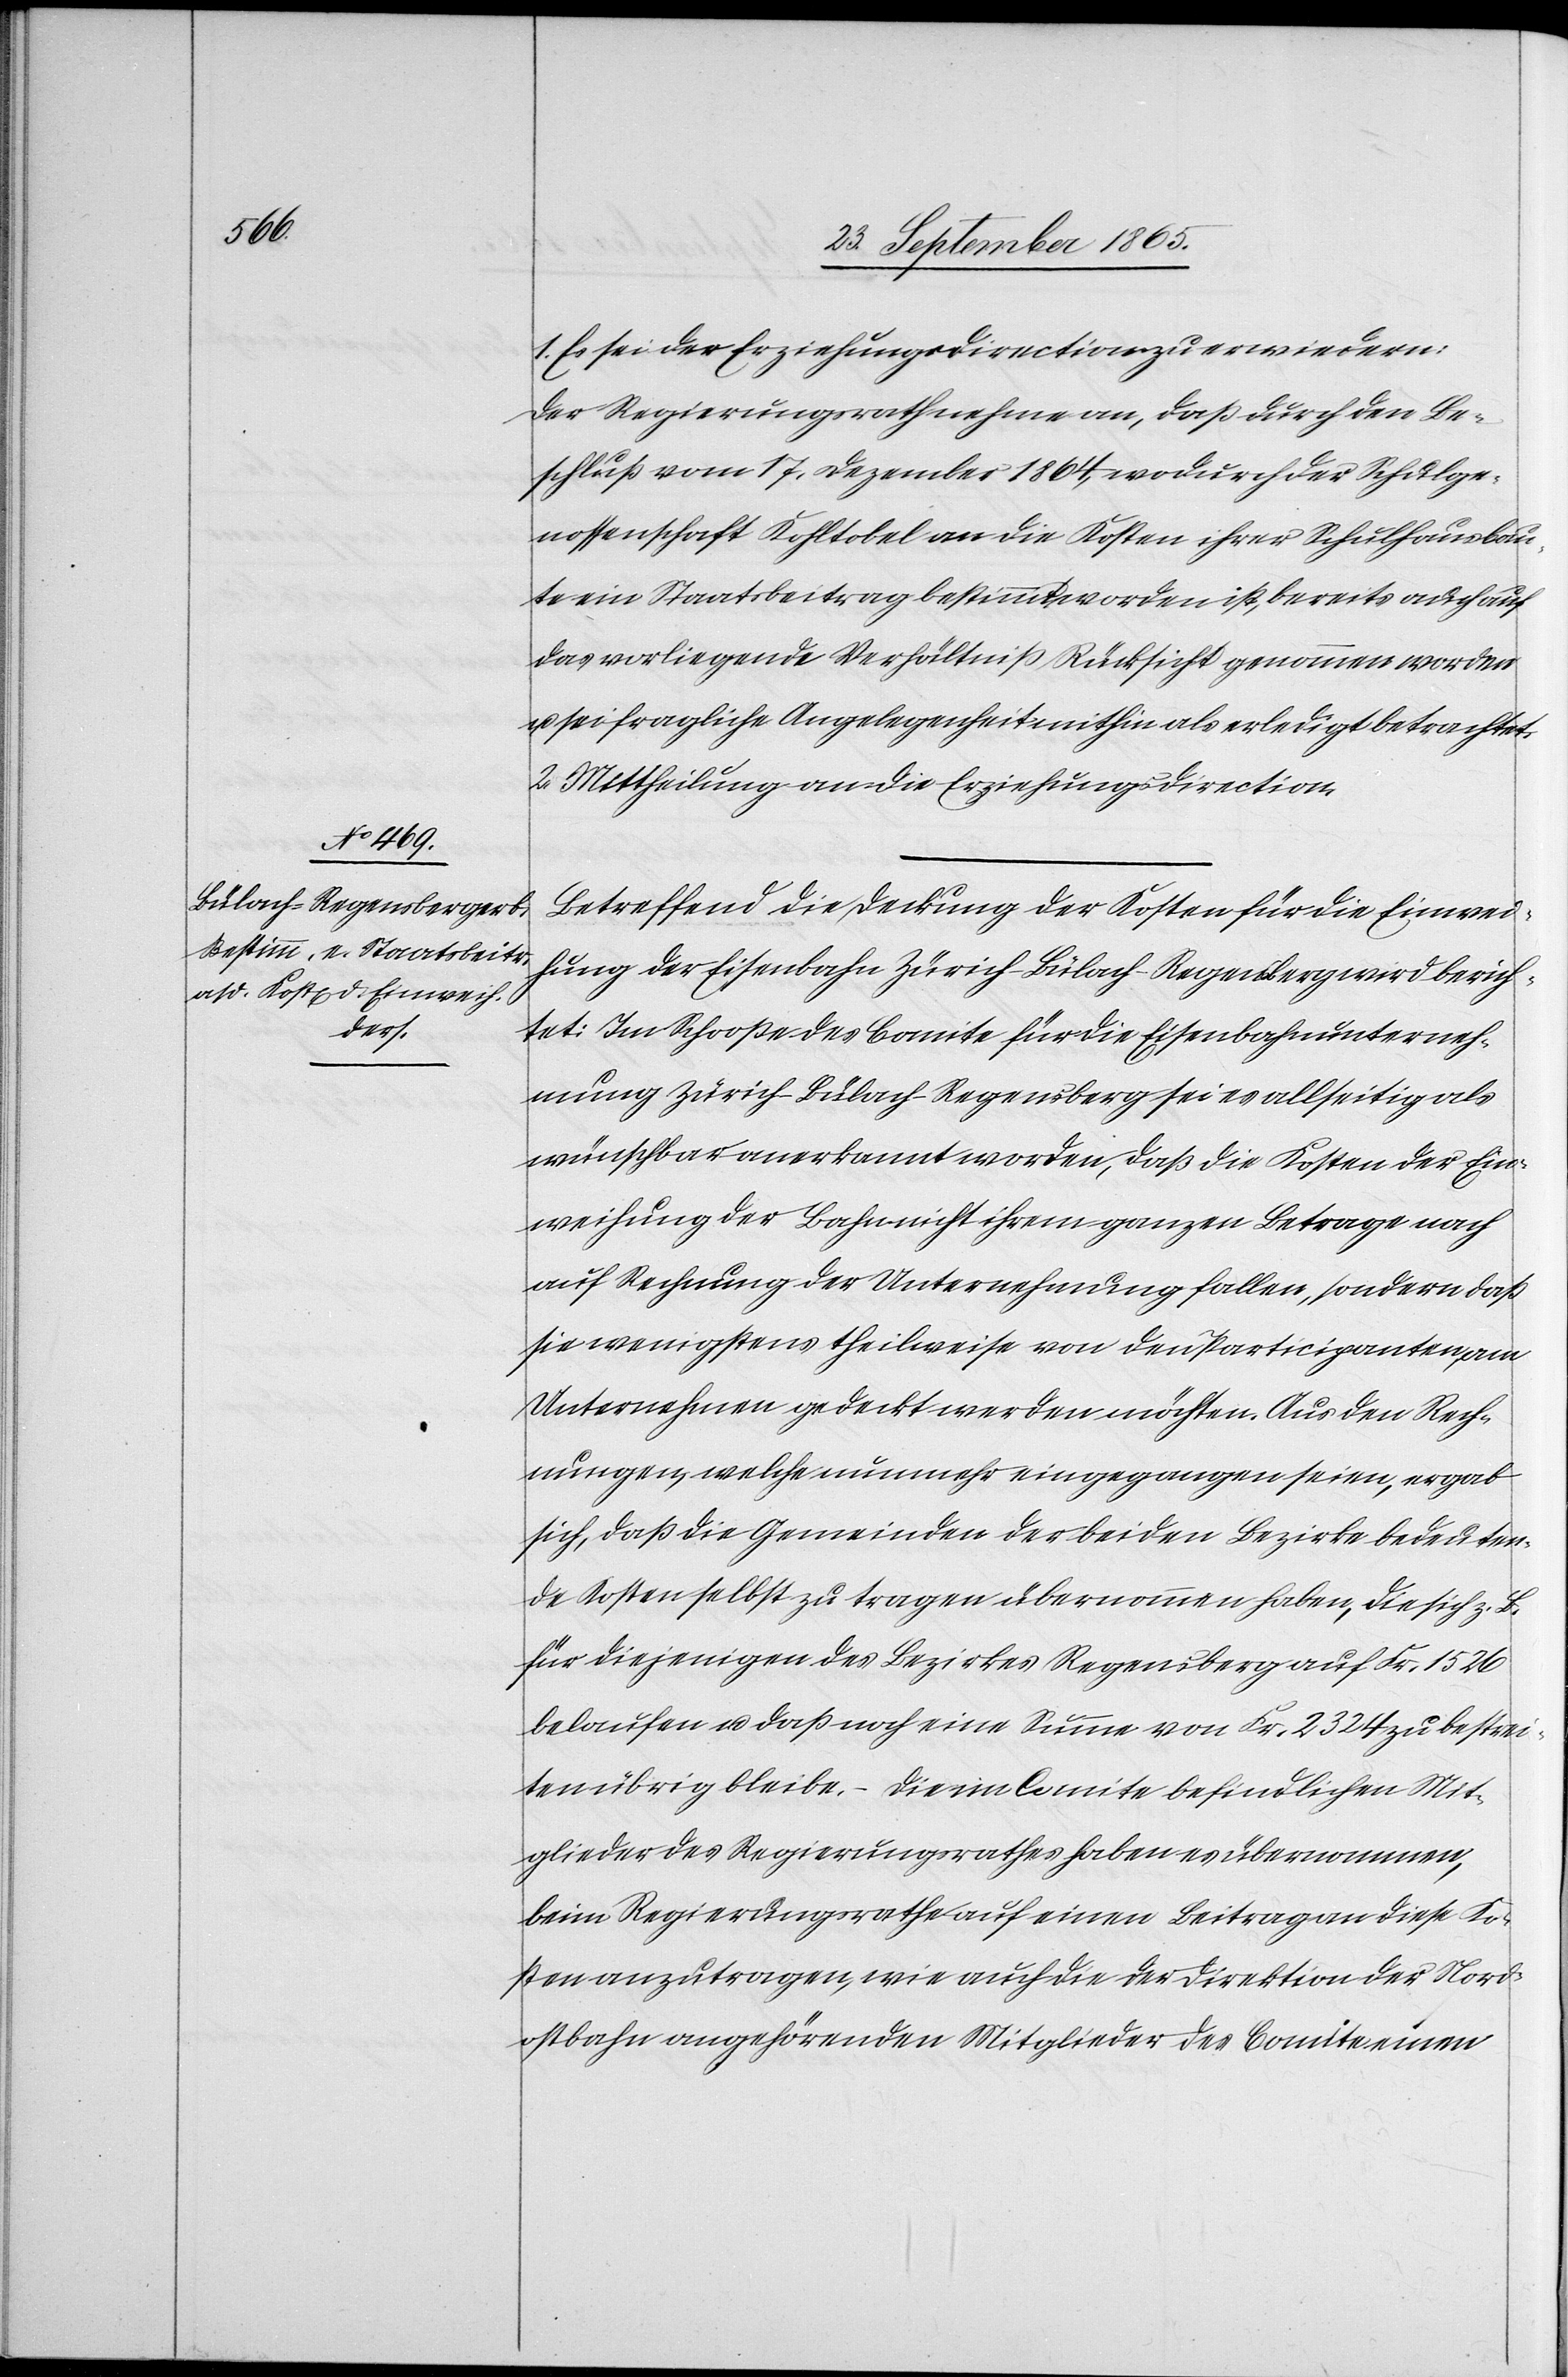
1. Es sei der Erziehungsdirection zu erwiedern:
Der Regierungsrath nehme an, daß durch den Be¬
schluß vom 17. Dezember 1864, wodurch der Schulge¬
nossenschaft Kohltobel an die Kosten ihrer Schulhausbau¬
te ein Staatsbeitrag bestimmt worden ist, bereits auch auf
das vorliegende Verhältniß Rücksicht genommen worden
u. sei fragliche Angelegenheit mithin als erledigt betrachtet.
2. Mittheilung an die Erziehungsdirection.
Betreffend die Deckung der Kosten für die Einwei¬
hung der Eisenbahn Zürich–Bülach–Regensberg wird berich¬
tet: Im Schooße des Comite für die Eisenbahnunterneh¬
mung Zürich–Bülach–Regensberg sei es allseitig als
wünschbar anerkannt worden, daß die Kosten der Ein¬
weihung der Bahn nicht ihrem ganzen Betrage nach
auf Rechnung der Unternehmung fallen, sondern daß
sie wenigstens theilweise von den Participanten, am
Unternehmen gedeckt werden möchten. Aus den Rech¬
nungen, welche nunmehr eingegangen seien, ergab
sich, daß die Gemeinde der beiden Bezirke bedeuten¬
de Kosten selbst zu tragen übernommen haben, die sich z. B.
für diejenigen des Bezirkes Regensberg auf Fr. 1526
belaufen u. daß noch eine Summe von Fr. 2324 zu bestrei¬
ten übrig bleibe. – Die im Comite befindlichen Mit¬
glieder des Regierungsrathes haben es übernommen,
beim Regierungsrathe auf einen Beitrag an diese Ko¬
sten anzutragen, wie auch die der Direktion der Nord¬
ostbahn angehörenden Mitglieder des Comite einen